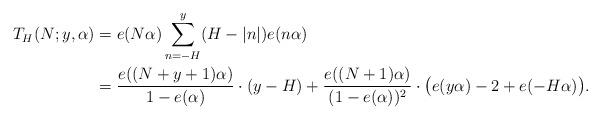
LaTeX: \begin{align*} T_H(N; y, \alpha) &= e(N \alpha) \sum_{n = -H}^y (H - |n|) e(n \alpha) \\ &= \frac{e( (N + y + 1) \alpha)}{1 - e(\alpha)} \cdot (y - H) + \frac{e( (N + 1) \alpha)}{(1 - e(\alpha))^2} \cdot \bigl( e(y \alpha) - 2 + e(- H \alpha) \bigr).\end{align*}